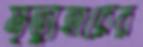
মৃত্যুহারের